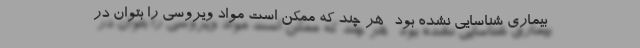
بیماری شناسایی نشده بود- هر چند که ممکن است مواد ویروسی را بتوان در